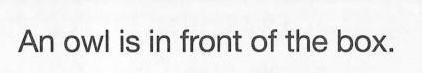
An owl is in front of the box.